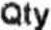
QTY